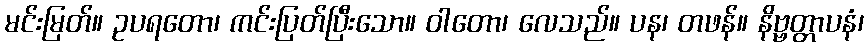
မင်းမြတ်။ ဥပရတော၊ ကင်းပြတ်ပြီးသော။ ဝါတော၊ လေသည်။ ပန၊ တဖန်။ နိဗ္ဗတ္တာပနံ၊